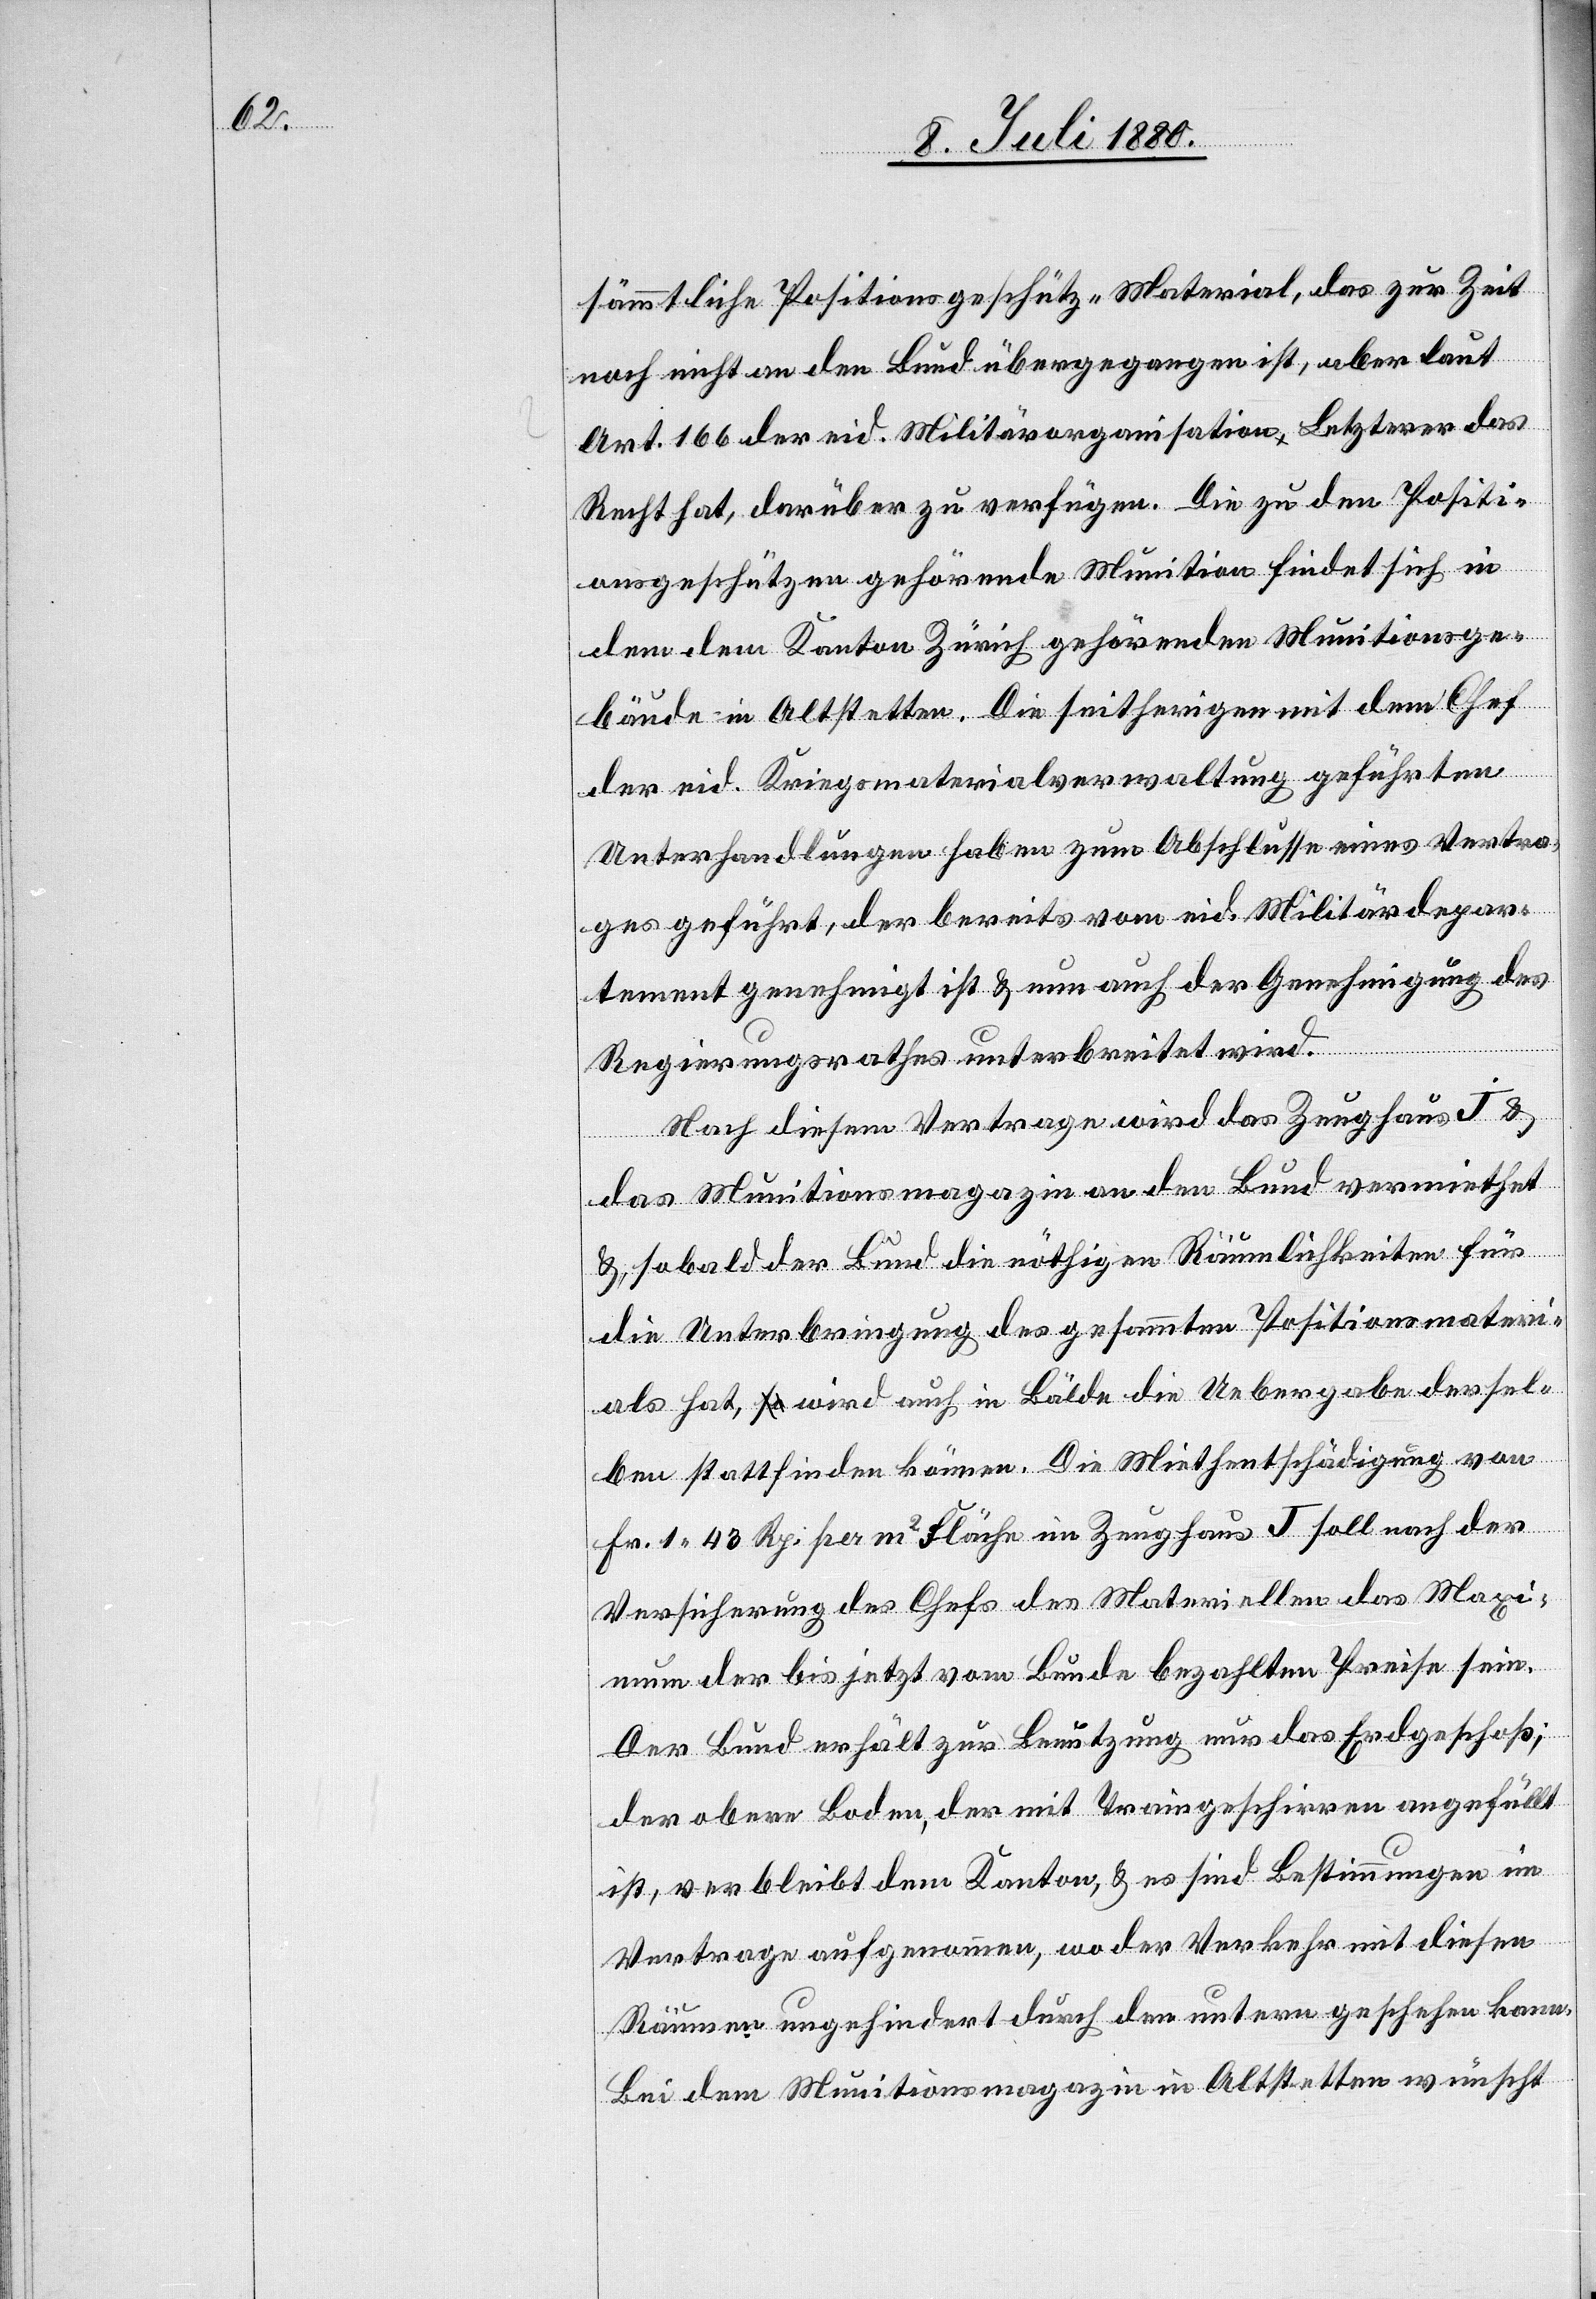
sämmtliche Positionsgeschütz „Material, das zur Zeit
noch nicht an den Bund übergegangen ist, aber laut
Art. 166 der eid. Militärorganisation Letzterer das
Recht hat, darüber zu verfügen. Die zu den Positi¬
onsgeschützen gehörende Munition findet sich in
dem dem Kanton Zürich gehörenden Munitionsge¬
bäude in Altstetten. Die seitherigen mit dem Chef
der eid. Kriegsmaterialverwaltung geführten
Unterhandlungen haben zum Abschlusse eines Vertra¬
ges geführt, der bereits vom eid. Militärdepar¬
tement genehmigt ist & nun auch der Genehmigung des
Regierungsrathes unterbreitet wird.
Nach diesem Vertrage wird das Zeughaus J &
das Munitionsmagazin an den Bund vermiethet
& sobald der Bund die nöthigen Räumlichkeiten für
die Unterbringung des gesammten Positionsmateri¬
als hat, wird auch in Bälde die Uebergabe dersel¬
ben stattfinden können. Die Miethentschädigung von
Fr. 1 43 Rp. per m2 Fläche im Zeughaus J soll nach der
Versicherung des Chefs des Materiellen das Maxi¬
mum der bis jetzt vom Bunde bezahlten Preise sein.
Der Bund erhält zur Benutzung nur das Erdgeschoß;
der obere Boden, der mit Traingeschirren angefüllt
ist, verbleibt dem Kanton, & es sind Bestimmungen im
Vertrage aufgenommen, wo der Verkehr mit diesen
Räumen ungehindert durch den untern geschehen kann.
Bei dem Munitionsmagazin in Altstetten wünscht